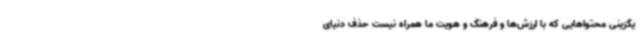
یگزینی محتواهایی که با ارزش‌ها و فرهنگ و هویت ما همراه نیست حذف دنیای